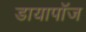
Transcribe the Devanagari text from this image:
डायापॉज